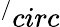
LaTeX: ^/circ